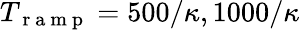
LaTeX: T_{\mathrm{~r~a~m~p~}}=500/\kappa,1000/\kappa